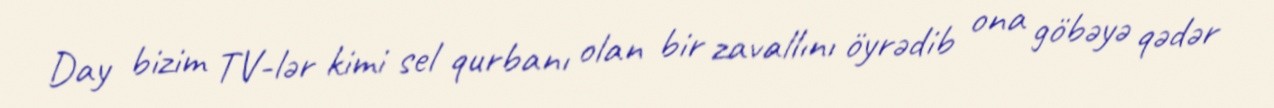
Day bizim TV-lər kimi sel qurbanı olan bir zavallını öyrədib ona göbəyə qədər